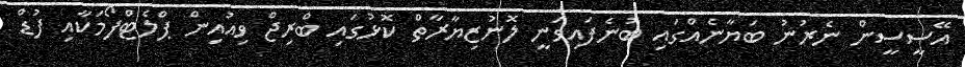
އޭސީސީން ނެރުނު ބަޔާނެއްގައި ބުނެފައިވަނީ ލޮނުޒިޔާރާތް ކޮޅުގައި ބްރިޖް ވިއުއިން ޕްލެޓްފޯމަކާއި ފުޑް